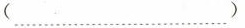
(……)